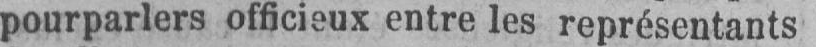
pourparlers officieux entre les représentants